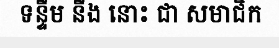
ទន្ទឹម នឹង នោះ ជា សមាជិក